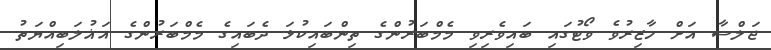
ޖަލްސާ އަށް ހާޒިރުވެ ވޯޓުގައި ބައިވެރިވި މެމްބަރުންގެ ތިންބައިކުޅަ ދެބައިގެ މެމްބަރުންގެ އަޣުލަބިއްޔަތު